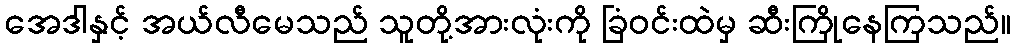
အေဒါနှင့် အယ်လီမေသည် သူတို့အားလုံးကို ခြံဝင်းထဲမှ ဆီးကြိုနေကြသည်။